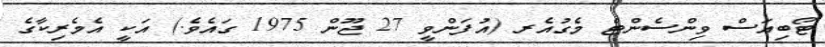
ޓޯބިއަސް ވިންސެންޓް މެގުއެރ (އުފަންވީ 27 ޖޫން 1975 ގައެވެ.) އަކީ އެމެރިކާގެ